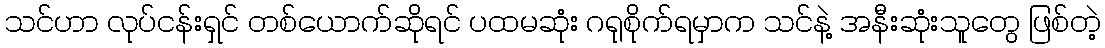
သင်ဟာ လုပ်ငန်းရှင် တစ်ယောက်ဆိုရင် ပထမဆုံး ဂရုစိုက်ရမှာက သင်နဲ့ အနီးဆုံးသူတွေ ဖြစ်တဲ့